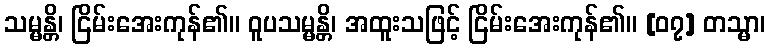
သမ္မန္တိ၊ ငြိမ်းအေးကုန်၏။ ဝူပသမ္မန္တိ၊ အထူးသဖြင့် ငြိမ်းအေးကုန်၏။ [၀၇] တသ္မာ၊